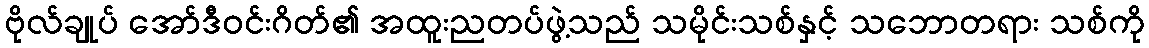
ဗိုလ်ချုပ် အော်ဒီဝင်းဂိတ်၏ အထူးညတပ်ဖွဲ့သည် သမိုင်းသစ်နှင့် သဘောတရား သစ်ကို